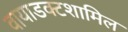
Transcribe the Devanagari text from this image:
वायाडक्टशामिल